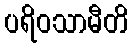
ပရိဝသာမီတိ